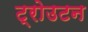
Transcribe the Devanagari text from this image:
ट्रोउटन